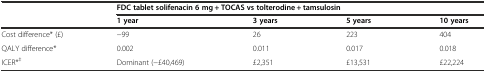
<table><thead><tr><td></td><td colspan="4"><b>FDC tablet solifenacin 6 mg + TOCAS vs tolterodine + tamsulosin</b></td></tr><tr><td></td><td><b>1 year</b></td><td><b>3 years</b></td><td><b>5 years</b></td><td><b>10 years</b></td></tr></thead><tbody><tr><td>Cost difference* (£)</td><td>−99</td><td>26</td><td>223</td><td>404</td></tr><tr><td>QALY difference*</td><td>0.002</td><td>0.011</td><td>0.017</td><td>0.018</td></tr><tr><td>ICER*<sup>‡</sup></td><td>Dominant (−£40,469)</td><td>£2,351</td><td>£13,531</td><td>£22,224</td></tr></tbody></table>